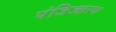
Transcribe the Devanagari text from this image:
पंजिज्करण